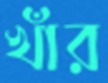
খাঁর